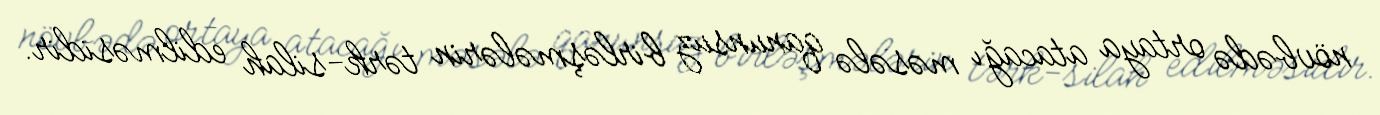
növbədə ortaya atacağı məsələ qanunsuz birləşmələrin tərk-silah edilməsidir.